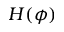
H ( \phi )